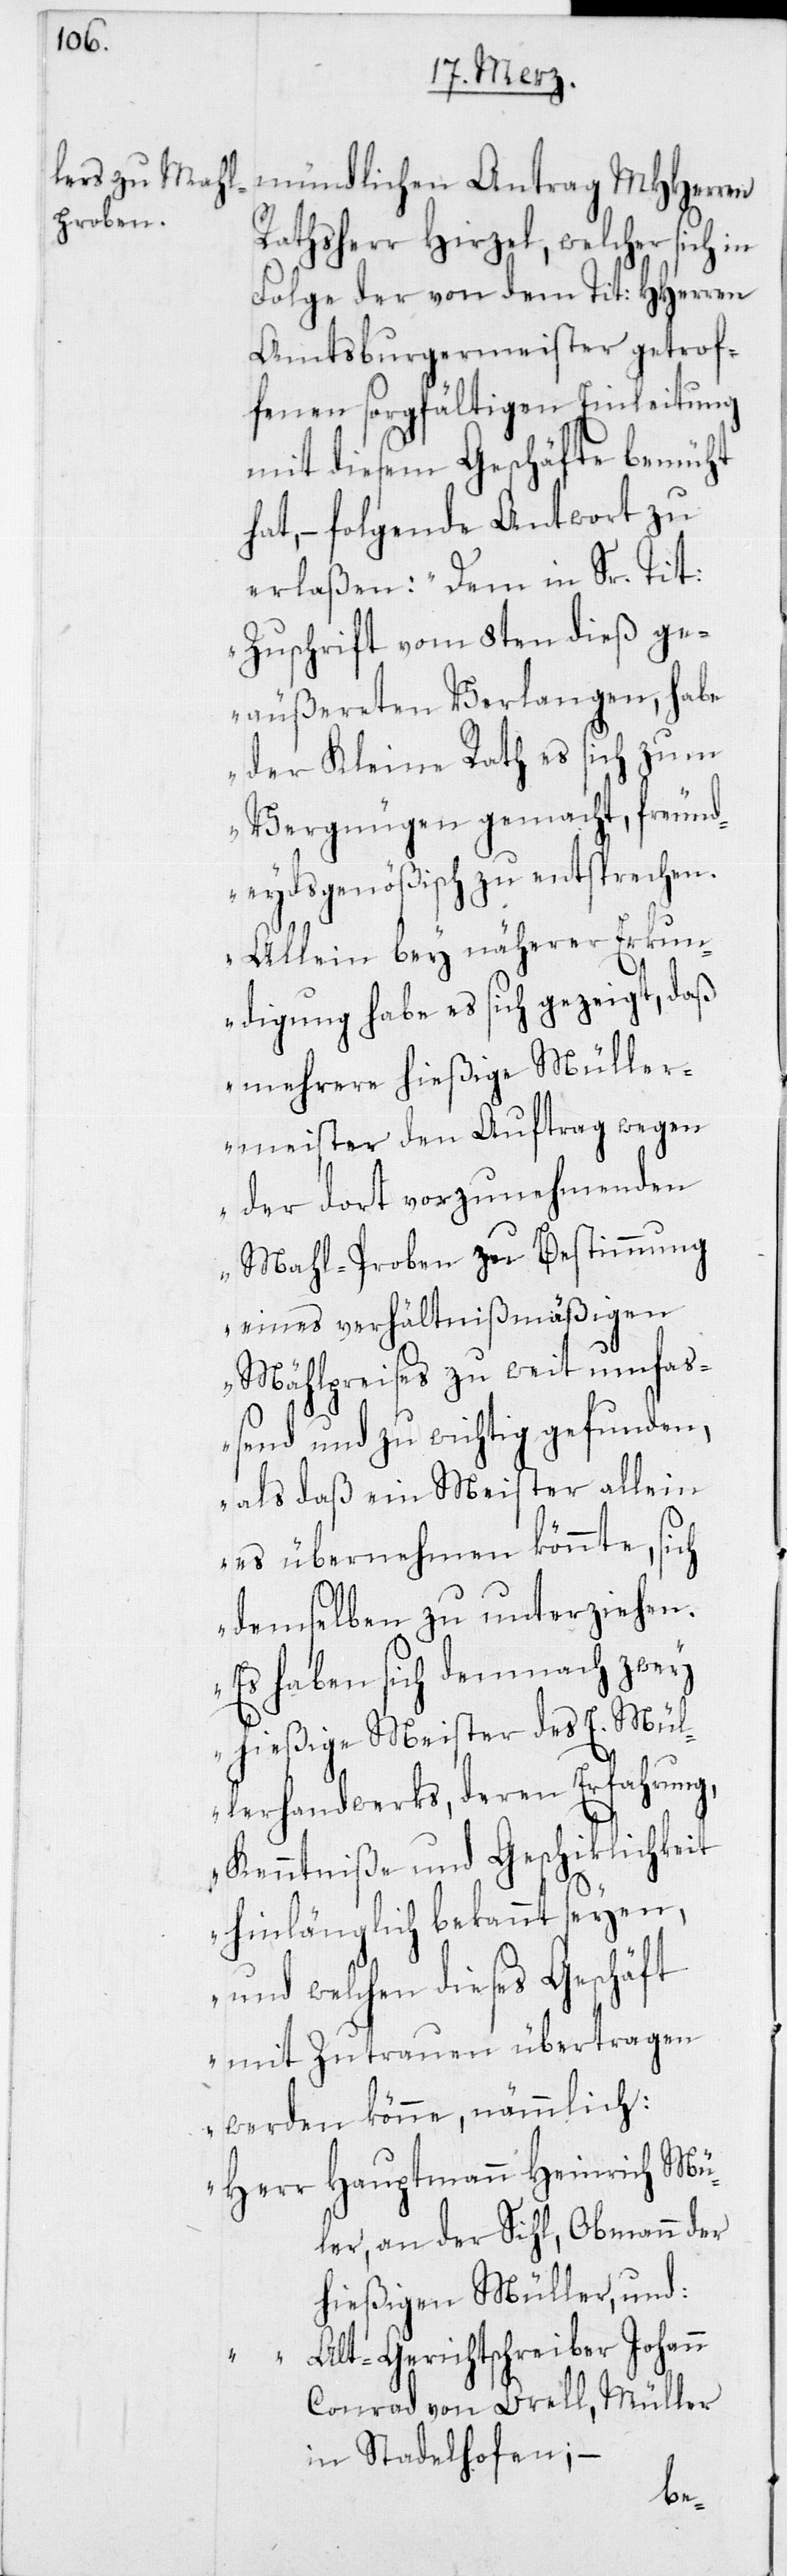
mündlichen Antrag MHHerren
Rathsherr Hirzel, welcher sich in
Folge der von dem Tit: HHerren
Amtsburgermeister getrof¬
fenen sorgfältigen Einleitung
mit diesem Geschäfte bemüht
hat, – folgende Antwort zu
erlaßen: „Dem in Sr. Tit:
Zuschrift vom 8ten dieß ge¬
äußerten Verlangen, habe
der Kleine Rath es sich zum
Vergnügen gemacht, freund¬
eydsgenößisch zu entsprechen.
Allein bey näherer Erkun¬
digung habe es sich gezeigt, daß
mehrere hießige Müller¬
meister den Auftrag wegen
der dort vorzunehmenden
Mahl-Proben zu Bestimmung
eines verhältnißmäßigen
Mählpreises zu weit umfaß¬
end und zu wichtig gefunden,
als daß ein Meister allein
es übernehmen könnte, sich
demselben zu unterziehen.
Es haben sich demnach zwey
hießige Meister des E. Mül¬
lerhandwerks, deren Erfahrung,
Kenntniße und Geschiklichkeit
hinlänglich bekannt seyen,
und welchen dieses Geschäft
mit Zutrauen übertragen
werden könne, nämmlich:
Herr Hauptmann Heinrich Mül¬
ler, an der Sihl, Obmann der
hießigen Müller, und:
Alt-Gerichtschreiber Johann
Conrad von Orell, Müller
in Stadelhofen; –